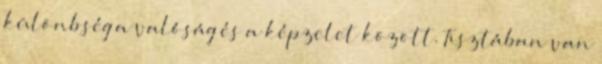
különbség a valóság és a képzelet között. Tisztában van